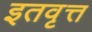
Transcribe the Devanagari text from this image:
इतवृत्त